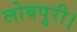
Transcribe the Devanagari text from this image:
लोबपुरी।